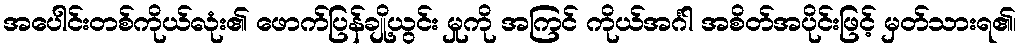
အပေါင်းတစ်ကိုယ်လုံး၏ ဖောက်ပြန်ချို့ယွင်း မှုကို အကြင် ကိုယ်အင်္ဂါ အစိတ်အပိုင်းဖြင့် မှတ်သားရ၏၊